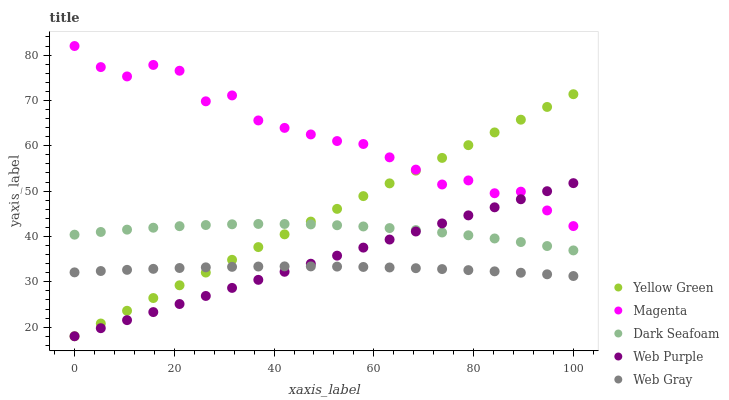
| xaxis_label | Yellow Green | Magenta | Dark Seafoam | Web Purple | Web Gray |
 | --- | --- | --- | --- | --- | --- |
 | 0 | 18 | 82 | 40.4 | 18 | 32.1 |
 | 5.26 | 20.8 | 77.4 | 41 | 19.8 | 32.4 |
 | 10.5 | 23.6 | 75.3 | 41.5 | 21.6 | 32.6 |
 | 15.8 | 26.4 | 77.8 | 41.9 | 23.3 | 32.9 |
 | 21.1 | 29.2 | 76.5 | 42.3 | 25.1 | 33 |
 | 26.3 | 32 | 69.8 | 42.5 | 26.9 | 33.2 |
 | 31.6 | 34.9 | 71.1 | 42.7 | 28.7 | 33.3 |
 | 36.8 | 37.7 | 65.6 | 42.8 | 30.4 | 33.4 |
 | 42.1 | 40.5 | 63.9 | 42.8 | 32.2 | 33.4 |
 | 47.4 | 43.3 | 62.5 | 42.7 | 34 | 33.4 |
 | 52.6 | 46.1 | 61 | 42.5 | 35.8 | 33.4 |
 | 57.9 | 48.9 | 60.4 | 42.2 | 37.5 | 33.3 |
 | 63.2 | 51.7 | 57.4 | 41.9 | 39.3 | 33.2 |
 | 68.4 | 54.5 | 54.7 | 41.4 | 41.1 | 33 |
 | 73.7 | 57.3 | 51.5 | 40.9 | 42.9 | 32.8 |
 | 78.9 | 60.1 | 52.4 | 40.3 | 44.7 | 32.6 |
 | 84.2 | 62.9 | 49.5 | 39.6 | 46.4 | 32.3 |
 | 89.5 | 65.8 | 49.9 | 38.8 | 48.2 | 32 |
 | 94.7 | 68.6 | 45.7 | 37.9 | 50 | 31.7 |
 | 100 | 71.4 | 42.3 | 36.9 | 51.8 | 31.3 |